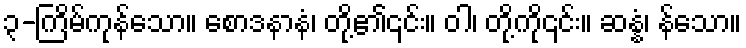
၃-ကြိမ်ကုန်သော။ စောဒနာနံ၊ တို့၏၎င်း။ ဝါ၊ တို့ကို၎င်း။ ဆန္နံ၊ န်သော။